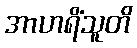
အာဟရိံသူတိ